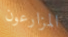
المزارعون